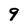
Character: 9